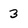
Character: 3